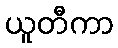
ယူတီကာ